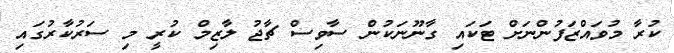
ކުރާ މުވައްޒަފުންނަށް ޓަކައި ގާނޫނަކުން ސާވިސް ޗާޖު ލާޒިމް ކުރީ މި ސަރުކާރުގައި